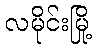
လမိုင်းမြို့